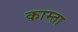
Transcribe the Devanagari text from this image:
काम्ता